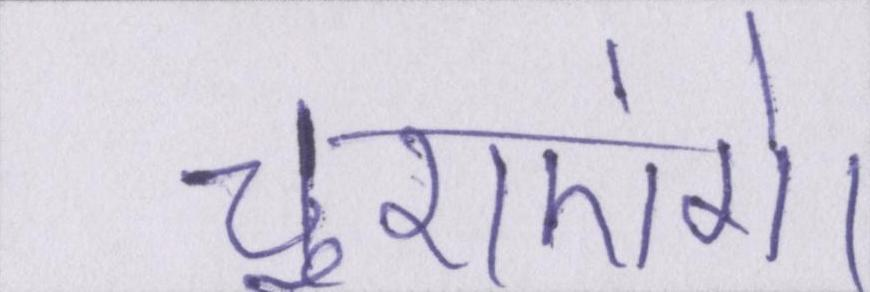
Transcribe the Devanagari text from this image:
चुराएंगे।